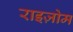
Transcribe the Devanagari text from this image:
राइज़ोम